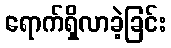
ရောက်ရှိလာခဲ့ခြင်း